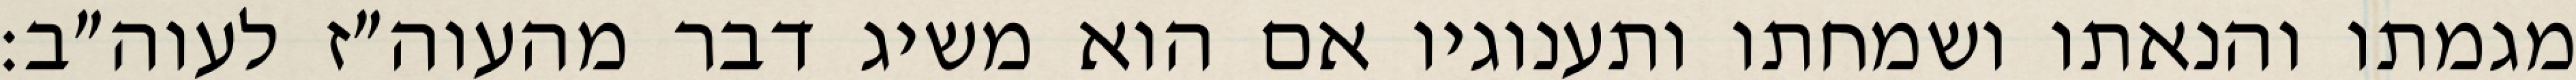
מגמתו והנאתו ושמחתו ותענוגיו אם הוא משיג דבר מהעוה״ז לעוה״ב: